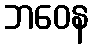
ဘဝေန